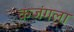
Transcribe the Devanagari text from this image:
कजंगला